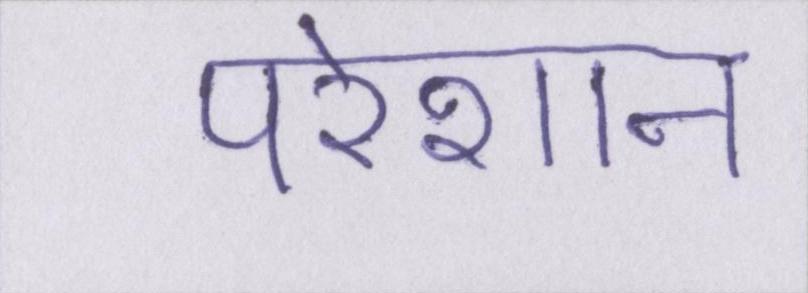
परेशान